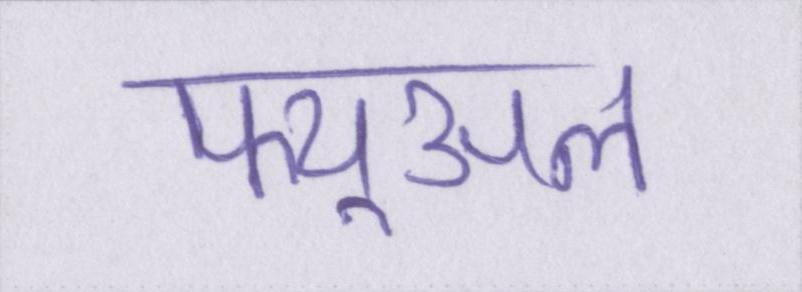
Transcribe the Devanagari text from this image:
फ्यूअल